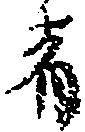
者